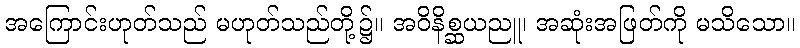
အကြောင်းဟုတ်သည် မဟုတ်သည်တို့၌။ အဝိနိစ္ဆယညူ၊ အဆုံးအဖြတ်ကို မသိသော။